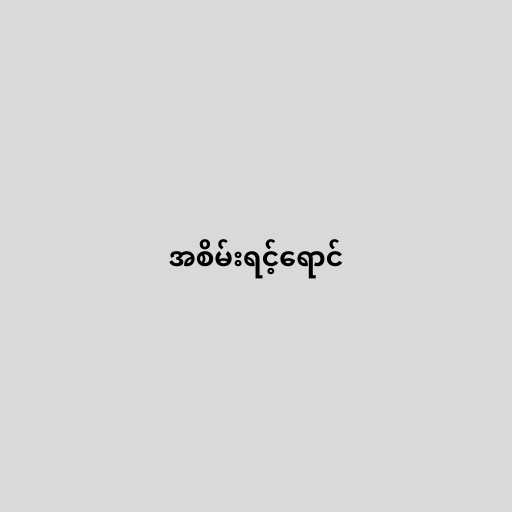
အစိမ်းရင့်ရောင်